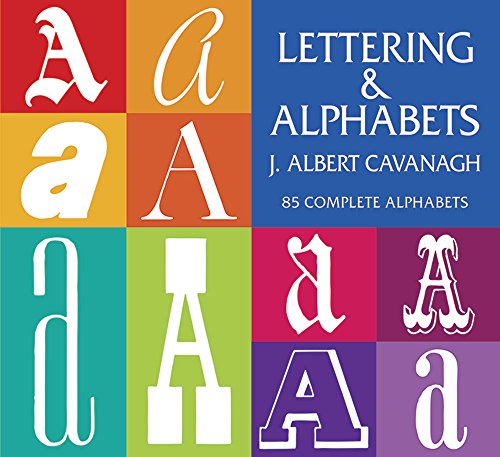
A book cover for Lettering and Alphabets: 85 Complete Alphabets (Lettering, Calligraphy, Typography); J. Albert Cavanagh; Arts & Photography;